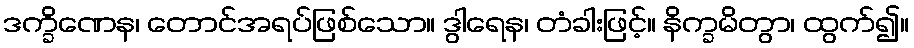
ဒက္ခိဏေန၊ တောင်အရပ်ဖြစ်သော။ ဒွါရေန၊ တံခါးဖြင့်။ နိက္ခမိတွာ၊ ထွက်၍။